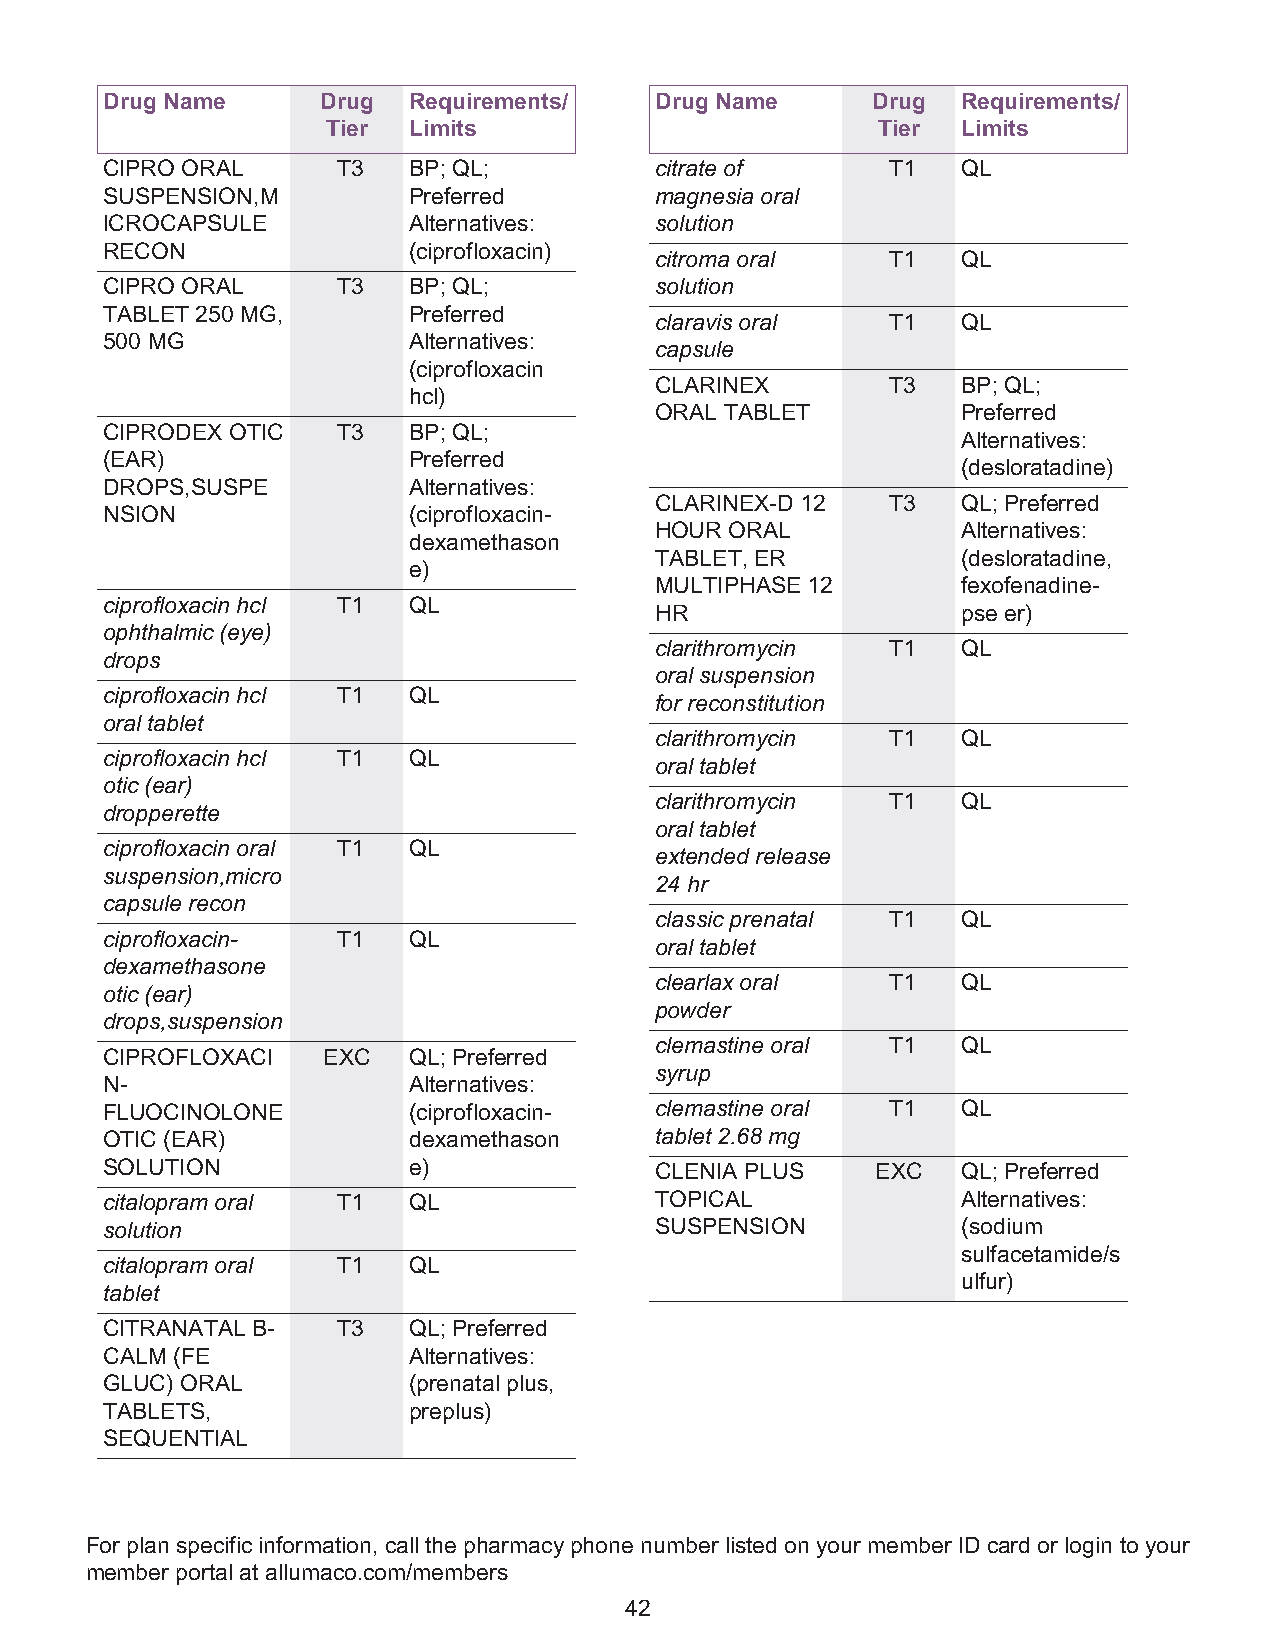
Drug Name     Drug  Requirements/   Drug Name      Drug  Requirements/
 Tier Limits                         Tier  Limits
 CIPRO ORAL     T3   BP; QL;         citrate of      T1   QL
 SUSPENSION,M        Preferred       magnesia oral
 ICROCAPSULE         Alternatives:   solution
 RECON               (ciprofloxacin)
 citroma oral    T1   QL
 CIPRO ORAL     T3   BP; QL;         solution
 TABLET 250 MG,      Preferred
 claravis oral   T1   QL
 500 MG              Alternatives:
 capsule
 (ciprofloxacin
 CLARINEX        T3   BP; QL;
 hcl)
 ORAL TABLET          Preferred
 CIPRODEX OTIC  T3   BP; QL;
 Alternatives:
 (EAR)               Preferred
 (desloratadine)
 DROPS,SUSPE         Alternatives:
 CLARINEX-D 12   T3   QL; Preferred
 NSION               (ciprofloxacin-
 HOUR ORAL            Alternatives:
 dexamethason
 TABLET, ER           (desloratadine,
 e)
 MULTIPHASE 12        fexofenadine-
 ciprofloxacin hcl T1 QL
 HR                   pse er)
 ophthalmic (eye)
 clarithromycin  T1   QL
 drops
 oral suspension
 ciprofloxacin hcl T1 QL
 for reconstitution
 oral tablet
 clarithromycin  T1   QL
 ciprofloxacin hcl T1 QL
 oral tablet
 otic (ear)
 clarithromycin  T1   QL
 dropperette
 oral tablet
 ciprofloxacin oral T1 QL
 extended release
 suspension,micro
 24 hr
 capsule recon
 classic prenatal T1  QL
 ciprofloxacin- T1   QL
 oral tablet
 dexamethasone
 clearlax oral   T1   QL
 otic (ear)
 powder
 drops,suspension
 clemastine oral T1   QL
 CIPROFLOXACI  EXC   QL; Preferred
 syrup
 N-                  Alternatives:
 FLUOCINOLONE        (ciprofloxacin- clemastine oral T1   QL
 OTIC (EAR)          dexamethason    tablet 2.68 mg
 SOLUTION            e)              CLENIA PLUS    EXC   QL; Preferred
 citalopram oral T1  QL              TOPICAL              Alternatives:
 solution                            SUSPENSION           (sodium
 sulfacetamide/s
 citalopram oral T1  QL
 ulfur)
 tablet
 CITRANATAL B-  T3   QL; Preferred
 CALM (FE            Alternatives:
 GLUC) ORAL          (prenatal plus,
 TABLETS,            preplus)
 SEQUENTIAL
 For plan specific information, call the pharmacy phone number listed on your member ID card or login to your
 member portal at allumaco.com/members
 42